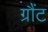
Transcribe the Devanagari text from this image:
ग्रौंट